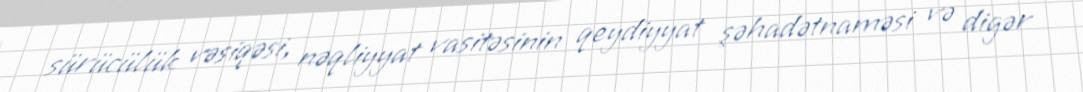
sürücülük vəsiqəsi, nəqliyyat vasitəsinin qeydiyyat şəhadətnaməsi və digər